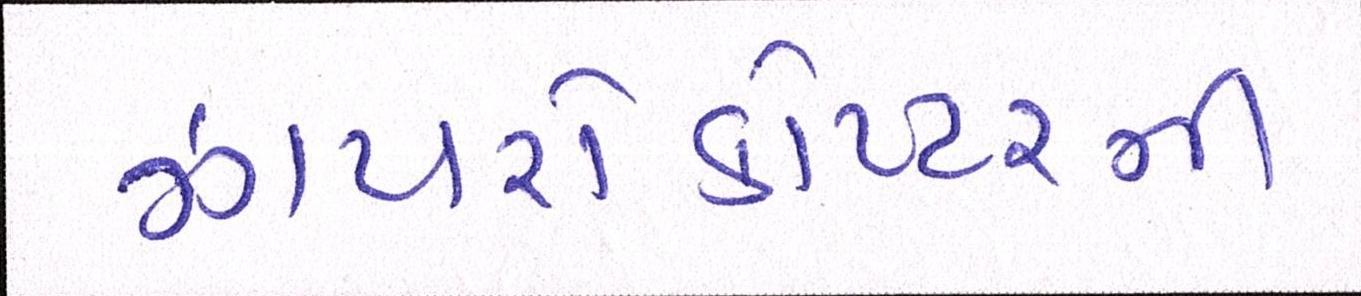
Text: ઝાયરોકોપ્ટરની